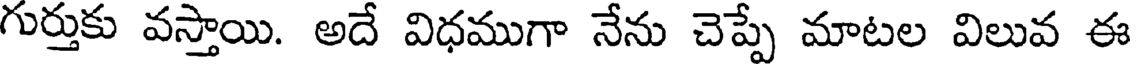
గుర్తుకు వస్తాయి. అదే విధముగా నేను చెప్పే మాటల విలువ ఈ